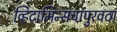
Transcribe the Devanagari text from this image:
व्हिटामिन्सचापुरवठा